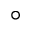
^ \circ { }